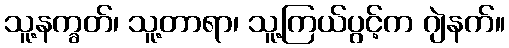
သူ့နက္ခတ်၊ သူ့တာရာ၊ သူ့ကြယ်ပွင့်က ဂျဲနက်။